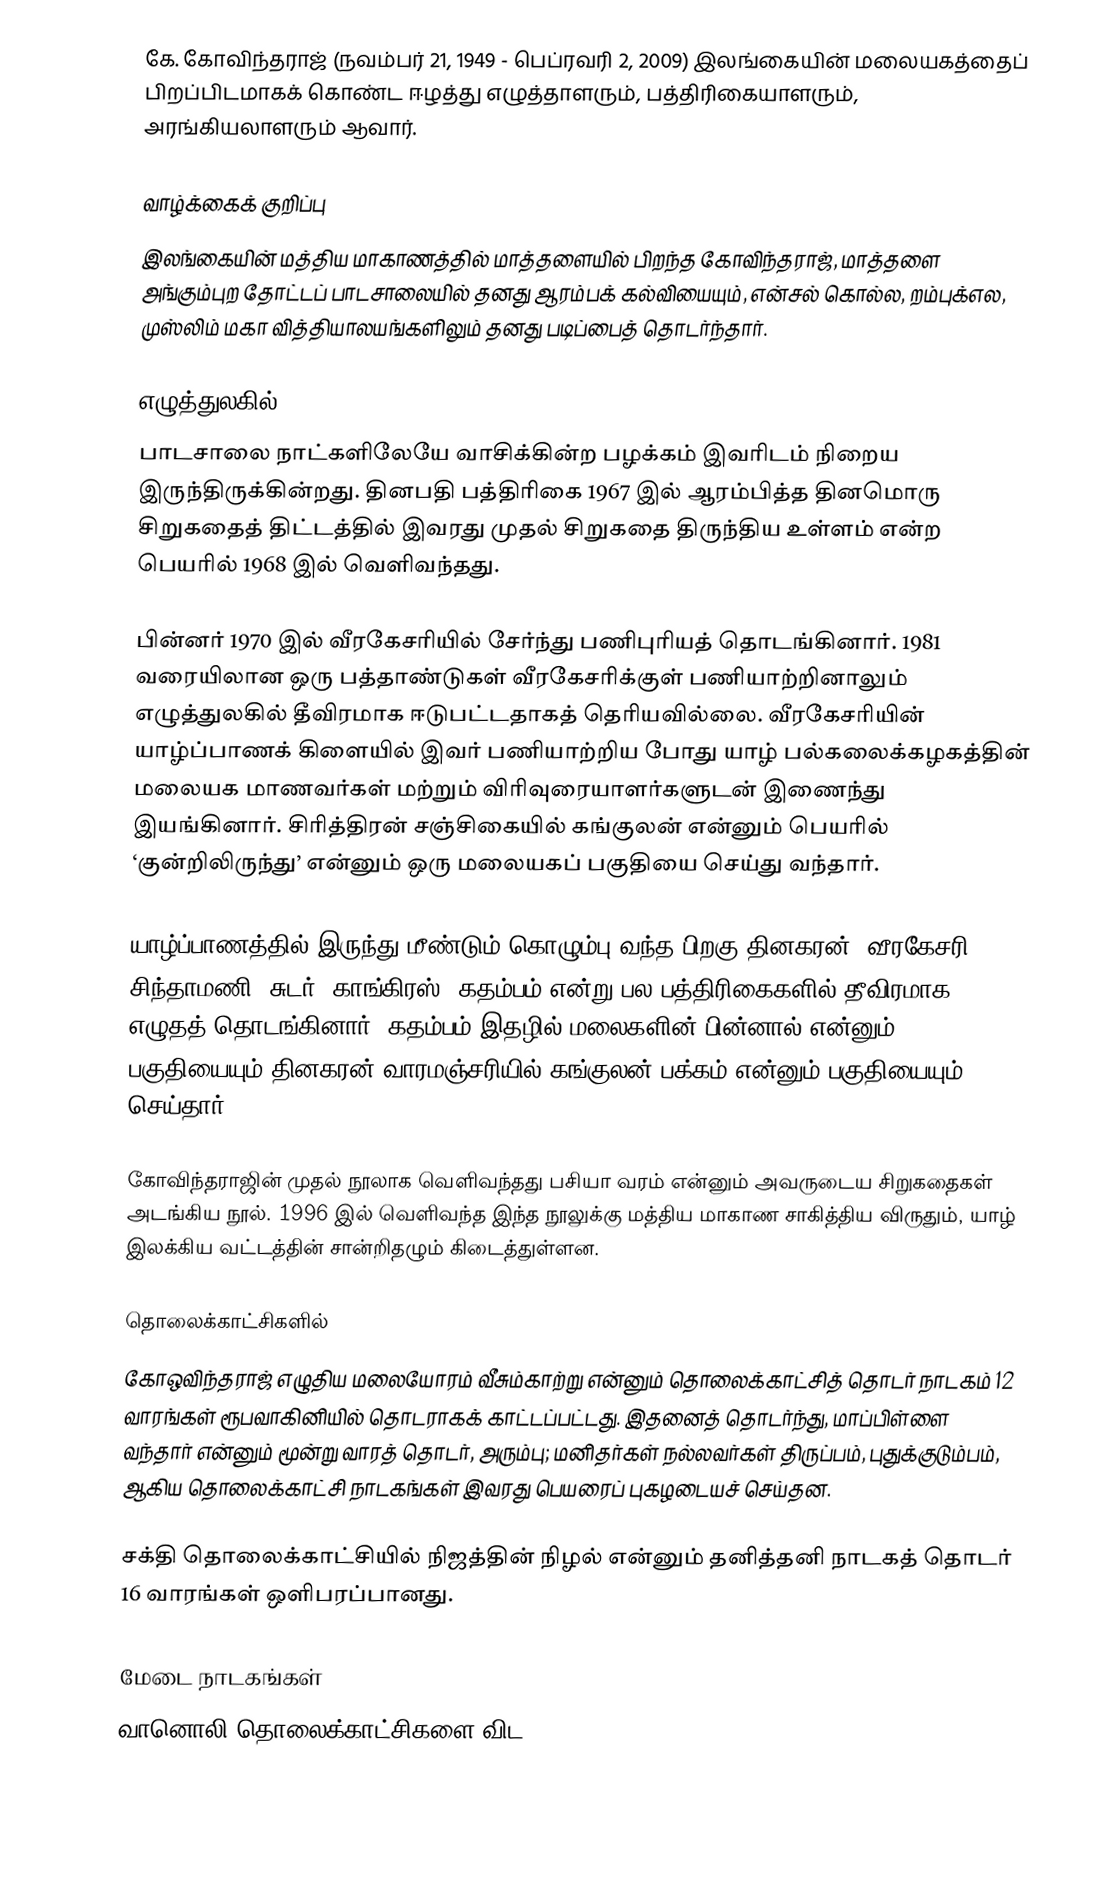
கே. கோவிந்தராஜ் (நவம்பர் 21, 1949 - பெப்ரவரி 2, 2009) இலங்கையின் மலையகத்தைப் பிறப்பிடமாகக் கொண்ட ஈழத்து எழுத்தாளரும், பத்திரிகையாளரும், அரங்கியலாளரும் ஆவார்.

வாழ்க்கைக் குறிப்பு
இலங்கையின் மத்திய மாகாணத்தில் மாத்தளையில் பிறந்த கோவிந்தராஜ், மாத்தளை அங்கும்புற தோட்டப் பாடசாலையில் தனது ஆரம்பக் கல்வியையும், என்சல் கொல்ல, றம்புக்எல, முஸ்லிம் மகா வித்தியாலயங்களிலும் தனது படிப்பைத் தொடர்ந்தார்.

எழுத்துலகில்
பாடசாலை நாட்களிலேயே வாசிக்கின்ற பழக்கம் இவரிடம் நிறைய இருந்திருக்கின்றது. தினபதி பத்திரிகை 1967 இல் ஆரம்பித்த தினமொரு சிறுகதைத் திட்டத்தில் இவரது முதல் சிறுகதை திருந்திய உள்ளம் என்ற பெயரில் 1968 இல் வெளிவந்தது.

பின்னர் 1970 இல் வீரகேசரியில் சேர்ந்து பணிபுரியத் தொடங்கினார். 1981 வரையிலான ஒரு பத்தாண்டுகள் வீரகேசரிக்குள் பணியாற்றினாலும் எழுத்துலகில் தீவிரமாக ஈடுபட்டதாகத் தெரியவில்லை. வீரகேசரியின் யாழ்ப்பாணக் கிளையில் இவர் பணியாற்றிய போது யாழ் பல்கலைக்கழகத்தின் மலையக மாணவர்கள் மற்றும் விரிவுரையாளர்களுடன் இணைந்து இயங்கினார். சிரித்திரன் சஞ்சிகையில் கங்குலன் என்னும் பெயரில் ‘குன்றிலிருந்து’ என்னும் ஒரு மலையகப் பகுதியை செய்து வந்தார்.

யாழ்ப்பாணத்தில் இருந்து மீண்டும் கொழும்பு வந்த பிறகு தினகரன், வீரகேசரி, சிந்தாமணி, சுடர், காங்கிரஸ், கதம்பம் என்று பல பத்திரிகைகளில் தீவிரமாக எழுதத் தொடங்கினார். கதம்பம் இதழில் மலைகளின் பின்னால் என்னும் பகுதியையும் தினகரன் வாரமஞ்சரியில் கங்குலன் பக்கம் என்னும் பகுதியையும் செய்தார்.

கோவிந்தராஜின் முதல் நூலாக வெளிவந்தது பசியா வரம் என்னும் அவருடைய சிறுகதைகள் அடங்கிய நூல். 1996 இல் வெளிவந்த இந்த நூலுக்கு மத்திய மாகாண சாகித்திய விருதும், யாழ் இலக்கிய வட்டத்தின் சான்றிதழும் கிடைத்துள்ளன.

தொலைக்காட்சிகளில்
கோஒவிந்தராஜ் எழுதிய மலையோரம் வீசும்காற்று என்னும் தொலைக்காட்சித் தொடர் நாடகம் 12 வாரங்கள் ரூபவாகினியில் தொடராகக் காட்டப்பட்டது. இதனைத் தொடர்ந்து, மாப்பிள்ளை வந்தார் என்னும் மூன்று வாரத் தொடர், அரும்பு; மனிதர்கள் நல்லவர்கள் திருப்பம், புதுக்குடும்பம், ஆகிய தொலைக்காட்சி நாடகங்கள் இவரது பெயரைப் புகழடையச் செய்தன.

சக்தி தொலைக்காட்சியில் நிஜத்தின் நிழல் என்னும் தனித்தனி நாடகத் தொடர் 16 வாரங்கள் ஒளிபரப்பானது.

மேடை நாடகங்கள்
வானொலி தொலைக்காட்சிகளை விட